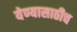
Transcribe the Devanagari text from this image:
येण्यासाठीच